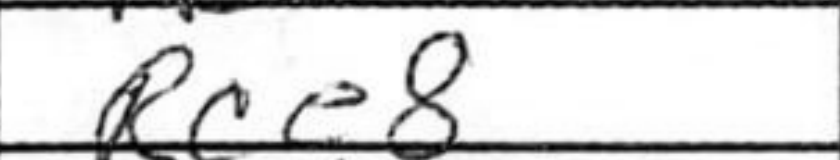
Transcription: Rce8